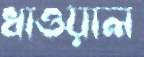
ধাওয়াল